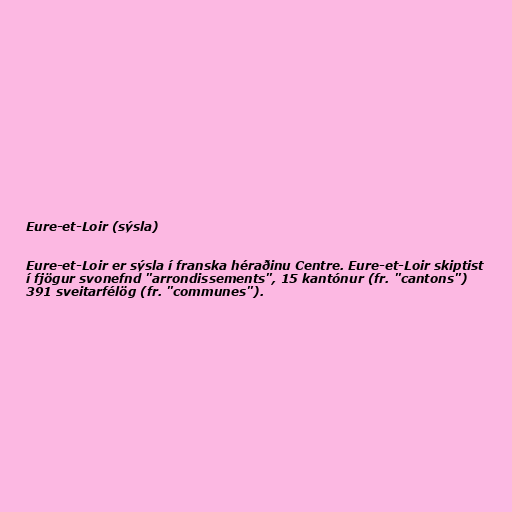
Eure-et-Loir (sýsla)

Eure-et-Loir er sýsla í franska héraðinu Centre. Eure-et-Loir skiptist
í fjögur svonefnd "arrondissements", 15 kantónur (fr. "cantons")
391 sveitarfélög (fr. "communes").